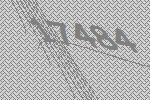
17484